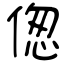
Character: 偬